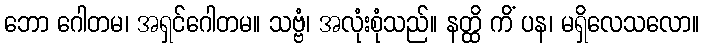
ဘော ဂေါတမ၊ အရှင်ဂေါတမ။ သဗ္ဗံ၊ အလုံးစုံသည်။ နတ္ထိ ကိံ ပန၊ မရှိလေသလော။